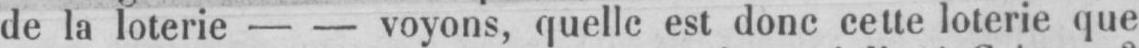
de la loterie - - voyons, quelle est donc cette loterie que